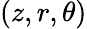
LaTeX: \left(z,r,\theta\right)